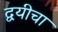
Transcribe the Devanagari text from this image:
द्वयीचा